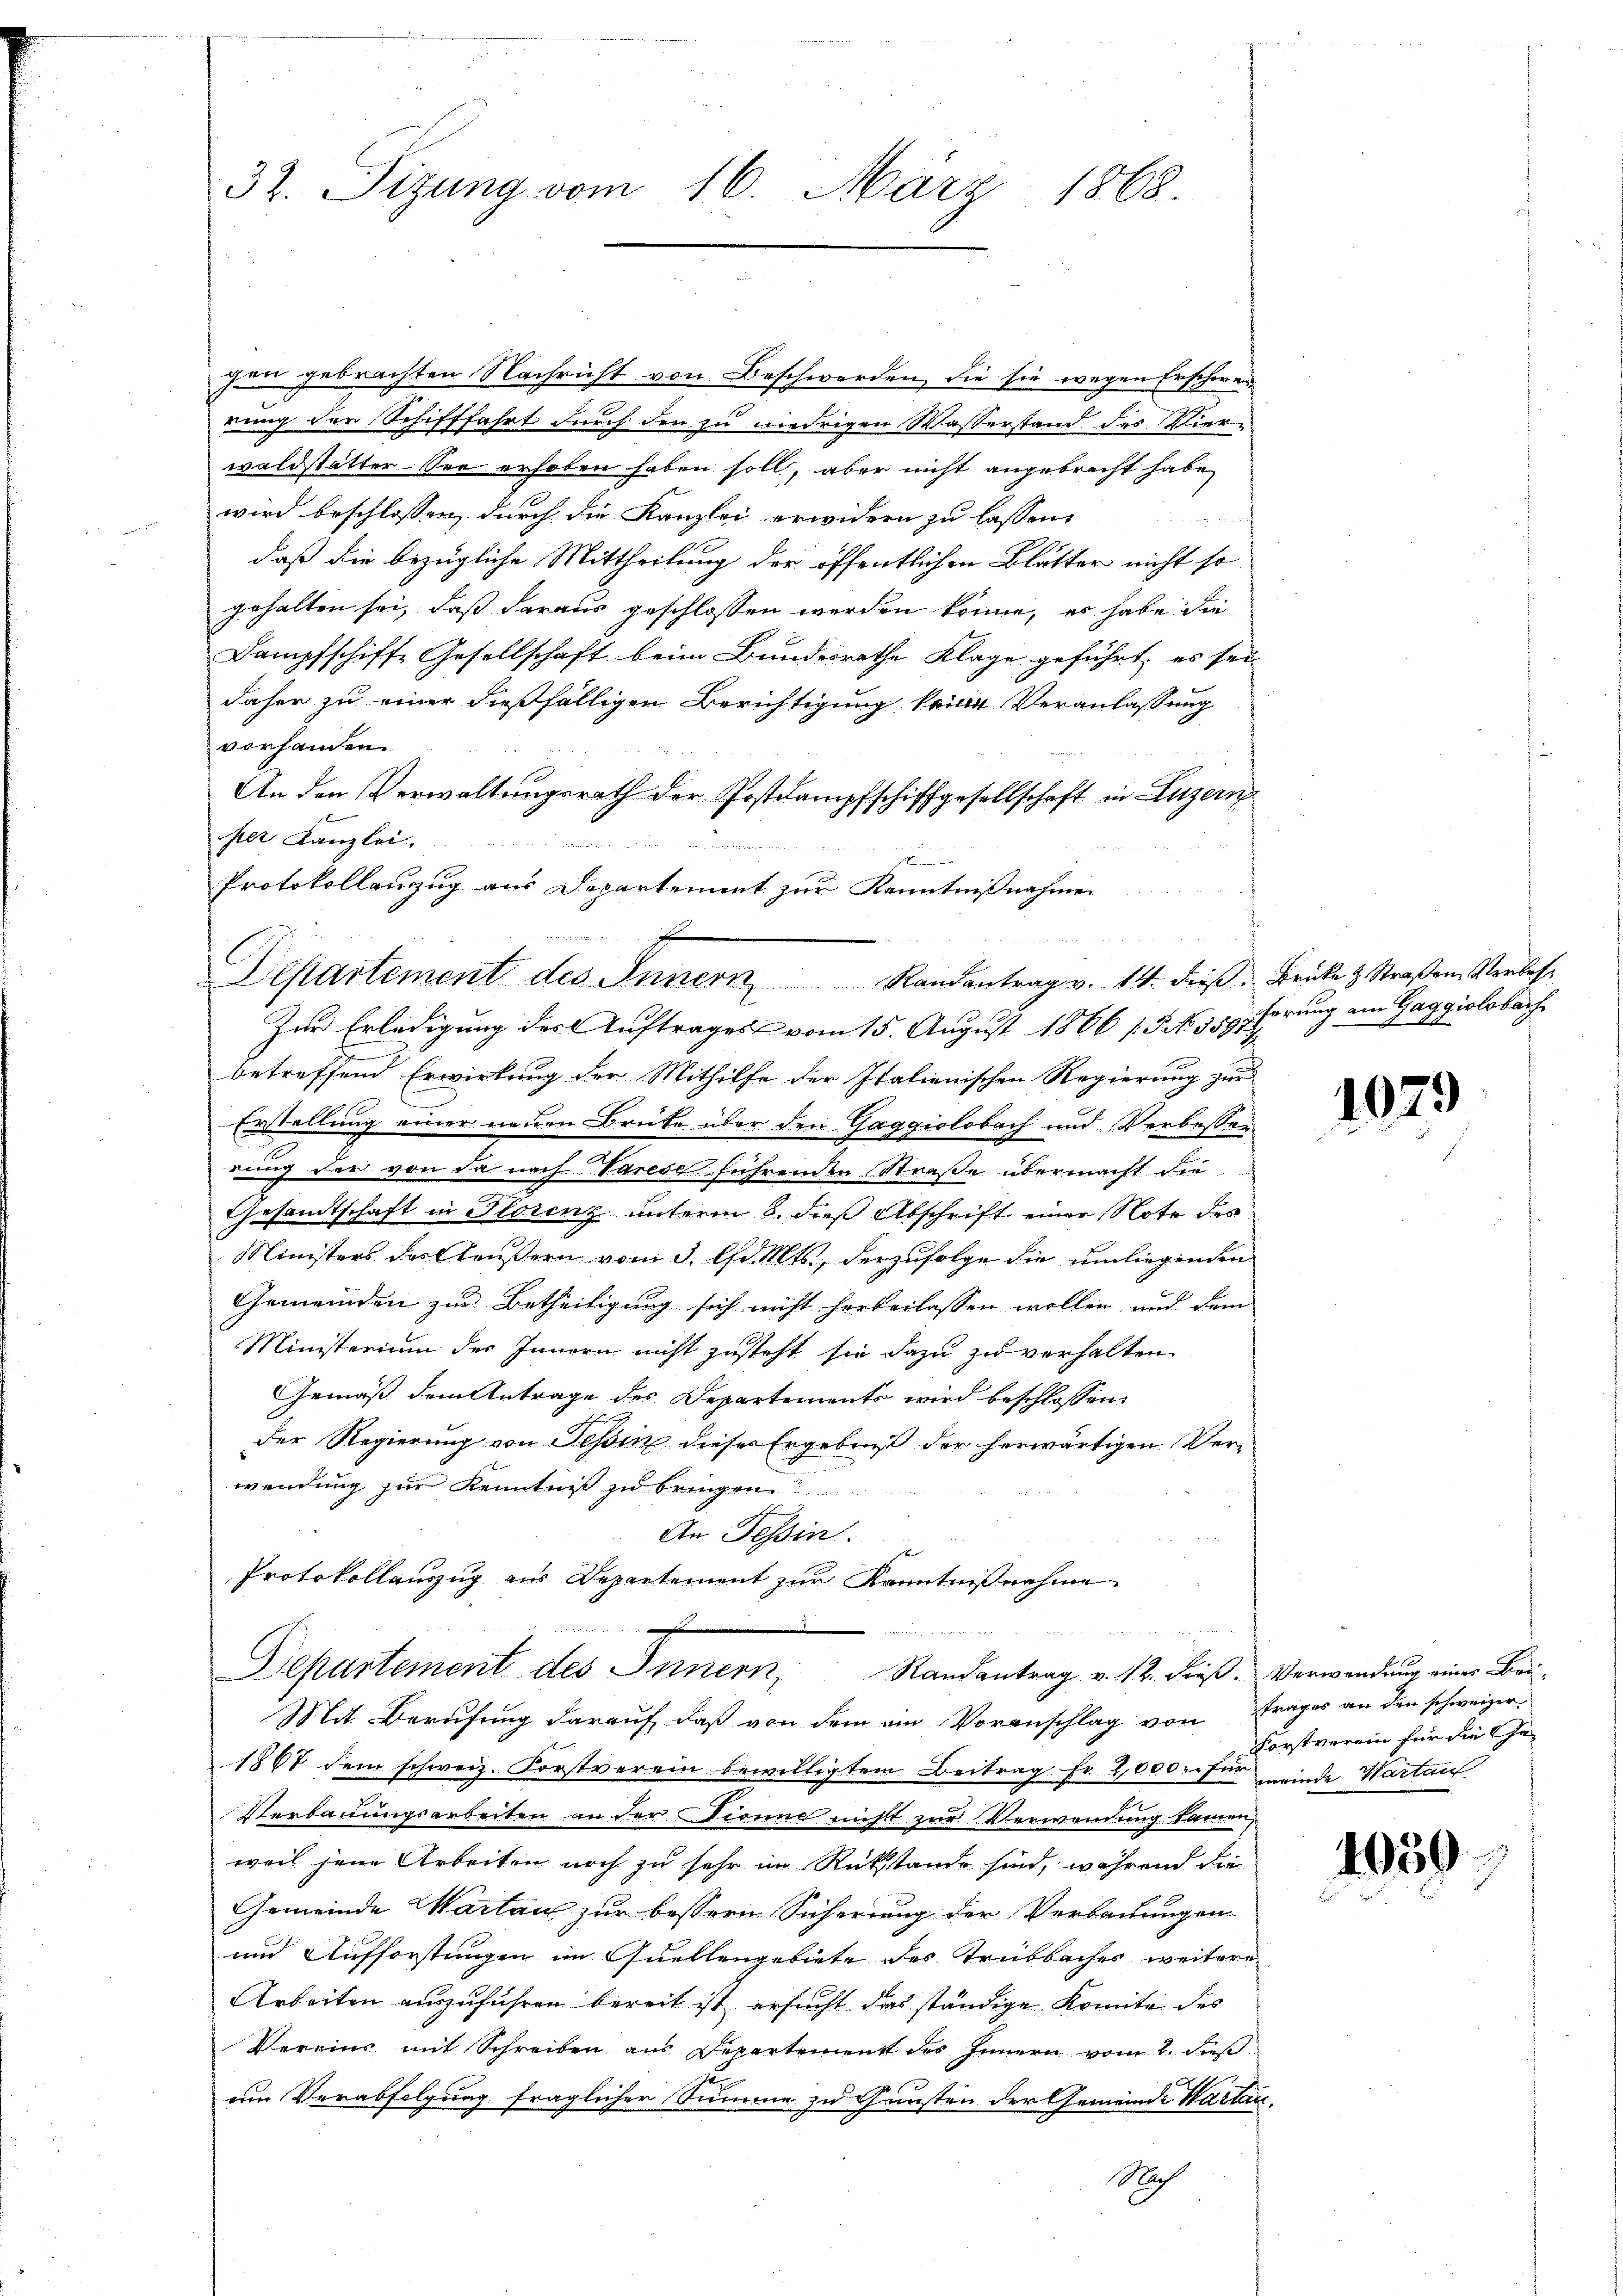
32. Sitzung vom 16. März 1868.

chen gebrachten Nachricht von Beschwerden, die sie wegen Erschweinung der Schifffahrt durch den zu niedrigen Wasserstand des Vier-
waldstätter. Sie erhoben haben soll, aber nicht angebracht habe,
wird beschlossen, durch die Kanzlei erwidern zu lassen,
in auch
daß die bezügliche Mittheilung der öffentlichen Blätter nicht so
gehalten sei, daß daraus geschlossen werden könne, er habe die
Dampfschiffe Gesellschaft beim Bundesrathe Klage geführt, es sei
daher zu einer dießfälligen Berichtigung kannt Veranlassung
vorhanden.
An den Verwaltungsrath der Postkampfschiffgesellschaft in Luzern
her Kanzlei,
eitun
e
Protokollanzug aus Departement zur Kenntnißnahmen
betreffend Erwirkung der Mithilfe der Italienischen Regierung zur
Erstellung einer neuen Brüte über den Gaggiolobach und Verbessen
rung der von da nach Varese führenden Straße übermacht die
Gesandtschaft in Florenz unterm 8. dieß Abschrift einer Note des
Ministers des äußern vom 3. Chr. Mts., derzufolge die umliegenden
Gemeinden zur Betheiligung sich nicht herbeilassen wollen, und dem
Ministerium des Innern nicht zusteht sie dazu zu verhalten
Gemäß dem Antrage des Departements wird beschlossen:
der Regierung von Tessin dieses Ergebniß der herwärtigen Verwendung zur Kenntniß zu bringen
An Tessin.
Protokollauszug aus Departement zur Kenntnißnahme
2
e
Departement des Innern, Randantrag v. 12. dieß. Verwendung einer Bei-
Mit Berufung darauf, daß von dem ein Voranschlag von Frages an den schweizer¬
1867 dem schweiz. Forstverein bewilligtem Beitrag Fr. 2,000. für minde Hartauf
Verbauungsarbeiten an der Tronne nicht zur Verwendung kamen,
weil jene Arbeiten noch zu sehr im Rückstände sind, während die
Gemeinde Warten zur bessern Sicherung der Verbauungen
und Aufforstungen im Quellengebiete der Trubbaches weitere
Arbeiten auszuführen bereit ist, ersucht das ständige Komite des
Vereins mit Schreiben aus Departement des Innern vom 2. dieß
um Verabfolgung fraglicher Summe zu Gunsten der Gemeinde Wartan¬
Nich

Departement des Innern Randantrag v. 14. dieβ, Brüke & Straßen Verbese
Zur Erledigung des Auftrages vom 15. August 1866 [§ NNo. 359 pferung am Gaggiolobach

1079

Forstverein für die Ge¬

1050.